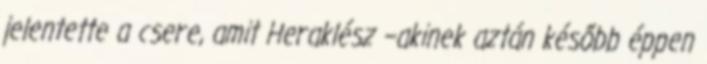
jelentette a csere, amit Heraklész –akinek aztán később éppen